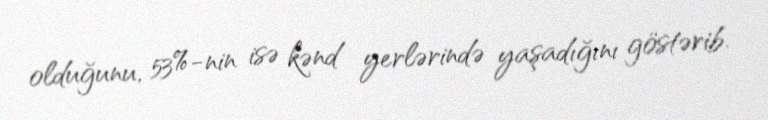
olduğunu, 53%-nin isə kənd yerlərində yaşadığını göstərib.